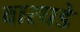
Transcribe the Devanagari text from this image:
वारघडे